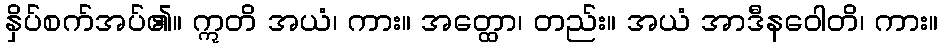
နှိပ်စက်အပ်၏။ ဣတိ အယံ၊ ကား။ အတ္ထော၊ တည်း။ အယံ အာဒီနဝေါတိ၊ ကား။